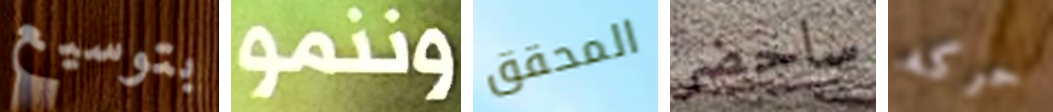
بتوسيع وننمو المحقق ساحضر حركه